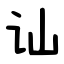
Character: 讪